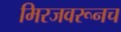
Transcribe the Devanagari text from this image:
मिरजवरूनच